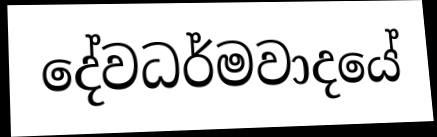
දේවධර්මවාදයේ